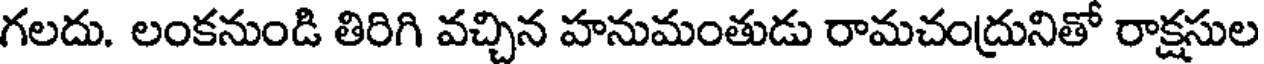
గలదు. లంకనుండి తిరిగి వచ్చిన హనుమంతుడు రామచంద్రునితో రాక్షసుల